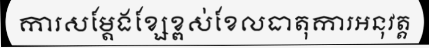
ការសម្តែងខ្សែខ្ពស់ខែលធាតុការអនុវត្ត